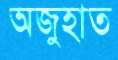
অজুহাত